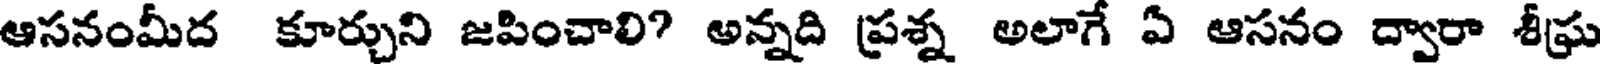
ఆసనంమీద కూర్చుని జపించాలి? అన్నది ప్రశ్న అలాగే ఏ ఆసనం ద్వారా శీఘ్ర